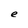
Character: e